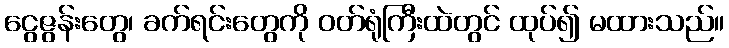
ငွေဇွန်းတွေ၊ ခက်ရင်းတွေကို ဝတ်ရုံကြီးထဲတွင် ထုပ်၍ မထားသည်။